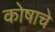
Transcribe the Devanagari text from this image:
कोषाचे